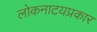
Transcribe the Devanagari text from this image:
लोकनाटयप्रकार